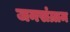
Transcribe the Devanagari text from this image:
जनसंग्राम